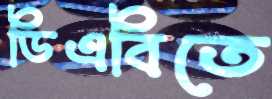
ডিএবিতে